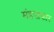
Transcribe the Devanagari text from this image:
मंडपाकार